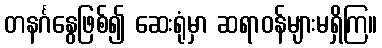
တနင်္ဂနွေဖြစ်၍ ဆေးရုံမှာ ဆရာဝန်များမရှိကြ။